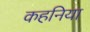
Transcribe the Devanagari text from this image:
कहनिया